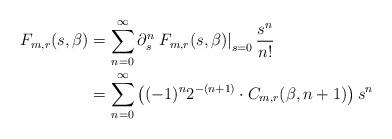
LaTeX: \begin{align*}F_{m,r}(s,\beta) &= \sum\limits_{n=0}^{\infty} \partial_s^n\left.F_{m,r}(s,\beta)\right|_{s=0} \frac{s^{n}}{n!}\\& =\sum\limits_{n=0}^{\infty} \left((-1)^n 2^{-(n+1)} \cdot C_{m,r}(\beta,n+1)\right)s^{n}\end{align*}